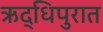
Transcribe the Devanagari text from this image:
ऋद्धिपुरात